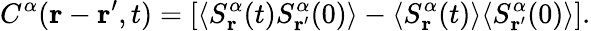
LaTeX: C^{\alpha}(\mathbf{r}-\mathbf{r^{\prime}},t)=[\langle S_{\mathbf{r}}^{\alpha}(t)S_{\mathbf{r^{\prime}}}^{\alpha}(0)\rangle-\langle S_{\mathbf{r}}^{\alpha}(t)\rangle\langle S_{\mathbf{r^{\prime}}}^{\alpha}(0)\rangle].